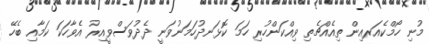
މުނި ހޯމްކެއަރއިން ތިއެއްޗެތި ވިއްކަންހުރި ހަމަ ކޮޅަނދުހަމަނުވަނީ ދެދުވަސްވީއިރު އެވާހަކަ ކަމާއި ބެހޭ